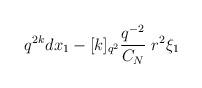
LaTeX: \begin{align*}q^{2k} dx_1 - [k]_{q^2} \frac{q^{-2}}{C_N}\;r^2 \xi_1\end{align*}